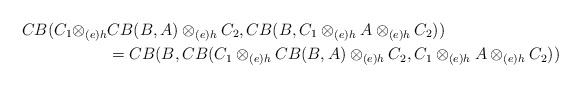
\begin{align*}CB(C_1\otimes_{(e)h}&CB(B, A)\otimes_{(e)h}C_2, CB(B,C_1\otimes_{(e)h}A\otimes_{(e)h}C_2))\\&=CB(B,CB(C_1\otimes_{(e)h}CB(B, A)\otimes_{(e)h}C_2, C_1\otimes_{(e)h}A\otimes_{(e)h}C_2))\end{align*}